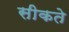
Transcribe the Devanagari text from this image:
सीकते